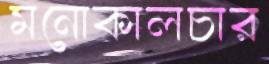
মনোকালচার